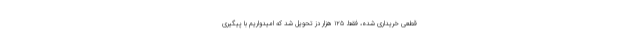
قطعی خریداری شده، فقط ۱۲۵ هزار دز تحویل شد که امیدواریم با پیگیری